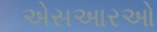
એસઆરઓ